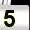
Digit: 5